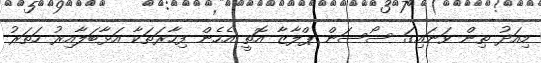
މިއަދު ތިން ވަނައިގަ ސޯސަން ޕްލާޒާ އޮތީ އެހެން ފިހާރަތަކާ އަޅާބަލާއިރު ހަތަރު